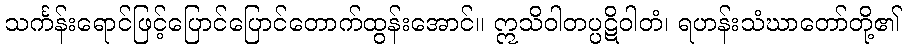
သင်္ကန်းရောင်ဖြင့်ပြောင်ပြောင်တောက်ထွန်းအောင်။ ဣသိဝါတပ္ပဋိဝါတံ၊ ရဟန်းသံဃာတော်တို့၏